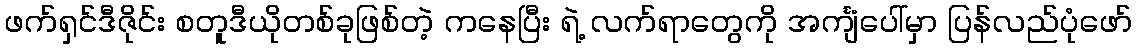
ဖက်ရှင်ဒီဇိုင်း စတူဒီယိုတစ်ခုဖြစ်တဲ့ ကနေပြီး ရဲ့ လက်ရာတွေကို အင်္ကျံပေါ်မှာ ပြန်လည်ပုံဖော်